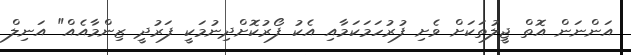
އަންނަން އޮތް ޖީލުތަކަށް ވެށި ފުރުހަމަކަމާއި އެކު ފޯރުކޮށްދިނުމަކީ ފަރުދީ ޒިންމާއެއް" އަނިލް